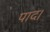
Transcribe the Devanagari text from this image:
पाद।